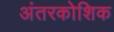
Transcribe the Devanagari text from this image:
अंतरकोशिक